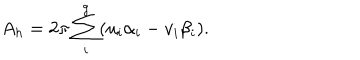
LaTeX: A _ { h } = 2 \pi \sum _ { i } ^ { g } ( u _ { i } \alpha _ { i } - v _ { i } \beta _ { i } ) .